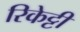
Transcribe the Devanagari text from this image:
रिकेट्टी